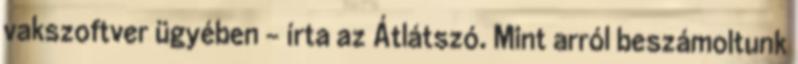
vakszoftver ügyében - írta az Átlátszó. Mint arról beszámoltunk